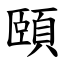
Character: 頤